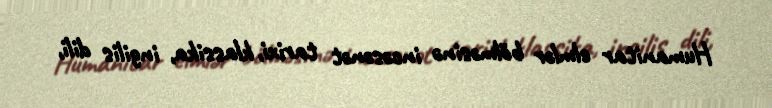
Humanitar elmlər bölməsinə incəsənət tarixi, klassika, ingilis dili,